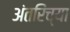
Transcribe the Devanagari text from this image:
अंतरिंच्या